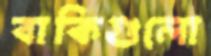
বাকিগুলো